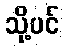
သို့ပင်